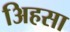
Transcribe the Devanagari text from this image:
अिहसा